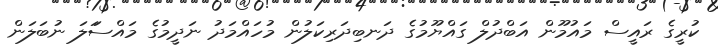
ކުރީގެ ރައީސް މައުމޫން އަބްދުލް ގައްޔޫމުގެ ދަނބިދަރިކަލުން މުހައްމަދު ނަދީމުގެ މައްސަަލަ ނުބަލަން